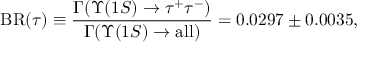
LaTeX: \mathrm { B R } ( \tau ) \equiv \frac { \Gamma ( \Upsilon ( 1 S ) \to \tau ^ { + } \tau ^ { - } ) } { \Gamma ( \Upsilon ( 1 S ) \to \mathrm { a l l } ) } = 0 . 0 2 9 7 \pm 0 . 0 0 3 5 ,